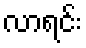
လာရင်း